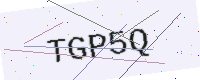
Text: TGP5Q